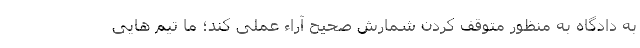
به دادگاه به منظور متوقف کردن شمارش صحیح آراء عملی کند؛ ما تیم هایی